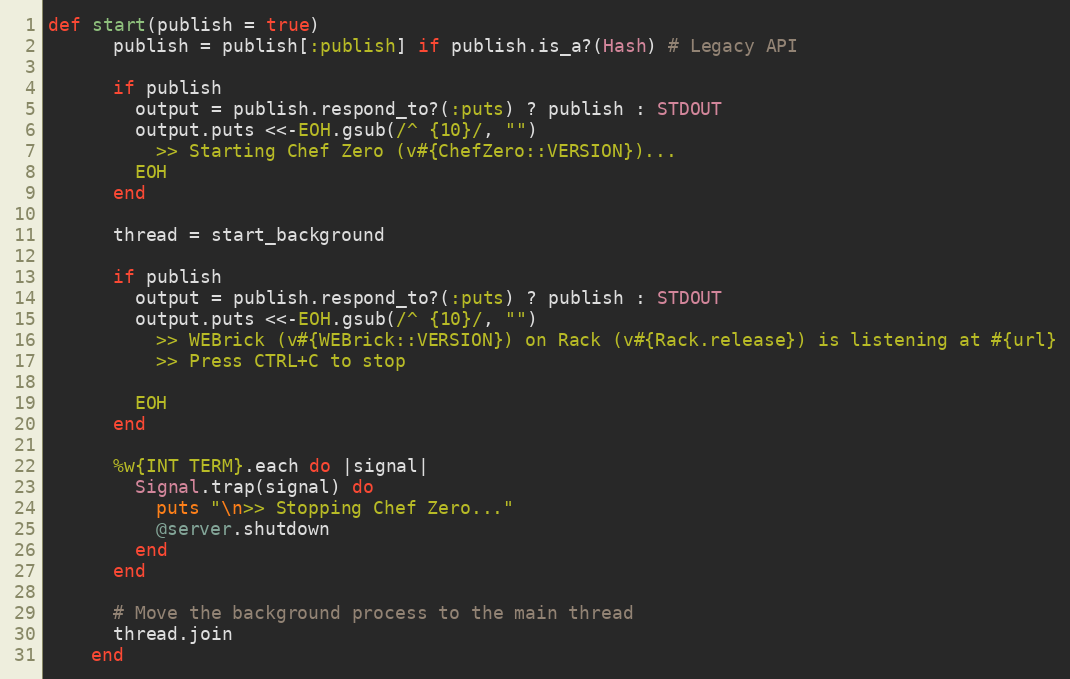
Language: Ruby
def start(publish = true)
      publish = publish[:publish] if publish.is_a?(Hash) # Legacy API

      if publish
        output = publish.respond_to?(:puts) ? publish : STDOUT
        output.puts <<-EOH.gsub(/^ {10}/, "")
          >> Starting Chef Zero (v#{ChefZero::VERSION})...
        EOH
      end

      thread = start_background

      if publish
        output = publish.respond_to?(:puts) ? publish : STDOUT
        output.puts <<-EOH.gsub(/^ {10}/, "")
          >> WEBrick (v#{WEBrick::VERSION}) on Rack (v#{Rack.release}) is listening at #{url}
          >> Press CTRL+C to stop

        EOH
      end

      %w{INT TERM}.each do |signal|
        Signal.trap(signal) do
          puts "\n>> Stopping Chef Zero..."
          @server.shutdown
        end
      end

      # Move the background process to the main thread
      thread.join
    end